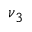
\nu _ { 3 }